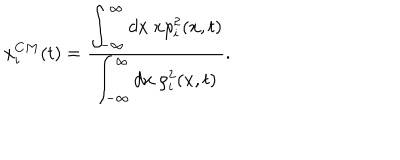
x _ { i } ^ { C M } ( t ) = \frac { \displaystyle { \int _ { - \infty } ^ { \infty } d x ~ x \rho _ { i } ^ { 2 } ( x , t ) } } { \displaystyle { \int _ { - \infty } ^ { \infty } d x ~ \rho _ { i } ^ { 2 } ( x , t ) } } .